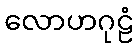
လောဟဂုဠံ